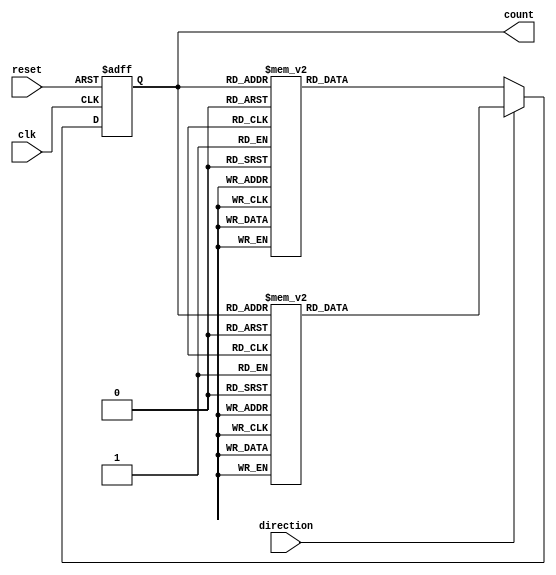
module BidirectionalGrayCounter(
    input wire clk,
    input wire reset,
    input wire direction,
    output reg [3:0] count
);

reg [3:0] next_count;

always @(posedge clk or posedge reset) begin
    if (reset) begin
        count <= 4'b0000;
    end else begin
        if (direction) begin // Count up
            case(count)
                4'b0000: next_count = 4'b0001;
                4'b0001: next_count = 4'b0011;
                4'b0011: next_count = 4'b0010;
                4'b0010: next_count = 4'b0110;
                4'b0110: next_count = 4'b0100;
                4'b0100: next_count = 4'b0101;
                4'b0101: next_count = 4'b0111;
                4'b0111: next_count = 4'b1111;
                4'b1111: next_count = 4'b0000;
                default: next_count = 4'b0000;
            endcase
        end else begin // Count down
            case(count)
                4'b0000: next_count = 4'b1111;
                4'b1111: next_count = 4'b0111;
                4'b0111: next_count = 4'b0101;
                4'b0101: next_count = 4'b0100;
                4'b0100: next_count = 4'b0110;
                4'b0110: next_count = 4'b0010;
                4'b0010: next_count = 4'b0011;
                4'b0011: next_count = 4'b0001;
                4'b0001: next_count = 4'b0000;
                default: next_count = 4'b0000;
            endcase
        end
        count <= next_count;
    end
end

endmodule